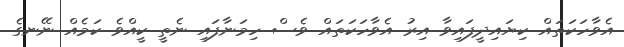
އެވާހަކަތައް ކިޔައިދީފައިވާ އިރު އެވާހަކަތައް ވެސް ހިމަނާފައި ނެތީ ކީއްވެ ކަމެއް ނޭނގެ